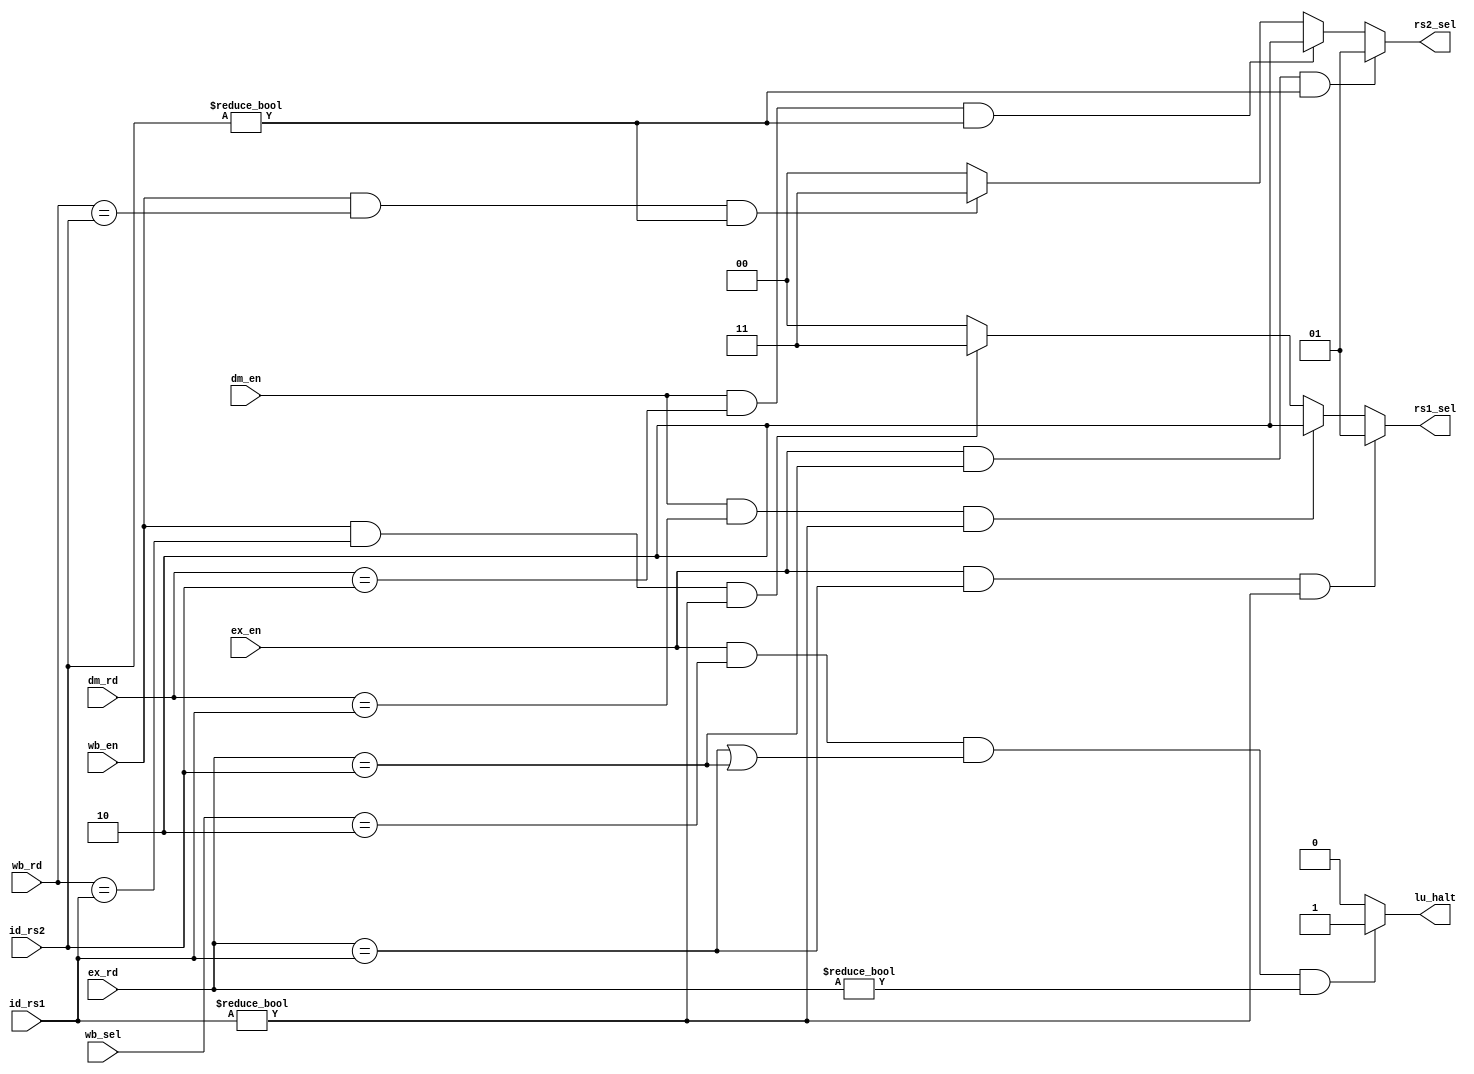
module detect (
    input [4:0] id_rs1,
    input [4:0] id_rs2,
    input [4:0] ex_rd,
    input [4:0] dm_rd,
    input [4:0] wb_rd,
    input  ex_en,
    input  dm_en,
    input  wb_en,
    output reg [1:0] rs1_sel,
    output reg [1:0] rs2_sel,
    input  [1:0] wb_sel,
    output reg lu_halt
);
always @(*) begin
      if(ex_en && ex_rd == id_rs1 && id_rs1 !=0)rs1_sel = 1;
      else if(dm_en && dm_rd == id_rs1 && id_rs1!=0) rs1_sel =2;
      else if (wb_en && wb_rd == id_rs1 && id_rs1!=0) rs1_sel=3;
      else rs1_sel =0;
      
end

always @(*) begin
      if(ex_en && ex_rd == id_rs2 && id_rs2 != 0)rs2_sel = 1;
      else if(dm_en && dm_rd == id_rs2 && id_rs2 !=0) rs2_sel =2;
      else if (wb_en && wb_rd == id_rs2 && id_rs2 !=0) rs2_sel=3;
      else rs2_sel =0;
      
end
    always @(*) begin
        if (ex_en && wb_sel == 2 && (ex_rd == id_rs1 || ex_rd == id_rs2) && ex_rd !=0) lu_halt = 1;
        else lu_halt = 0;
        
    end
endmodule